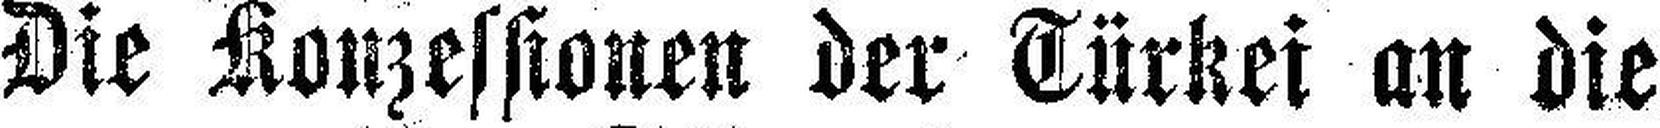
Die Konzessionen der Türkei an die